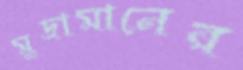
মুদ্রামানের